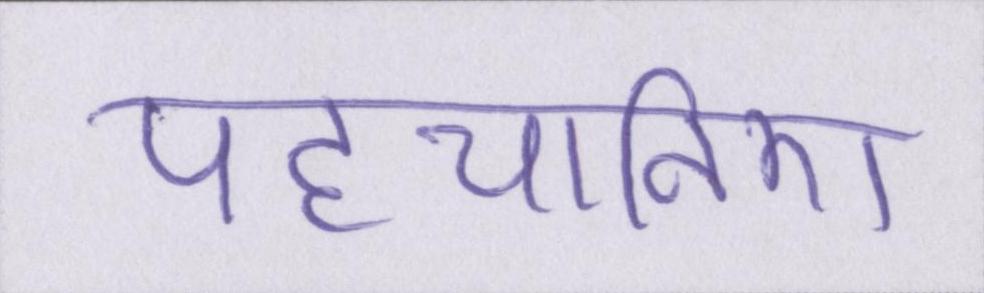
पहचानिए